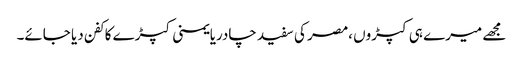
مجھے میرے ہی کپڑوں ،مصر کی سفید چادریایمنی کپڑے کا کفن دیا جائے۔